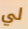
لي